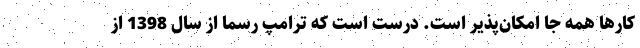
كارها همه جا امكان‌پذير است. درست است كه ترامپ رسما از سال 1398 از